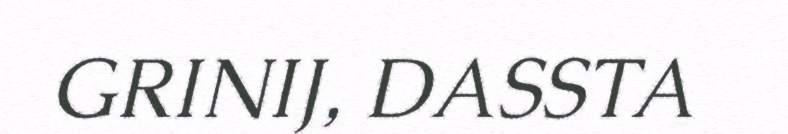
GRINIJ, DASSTA